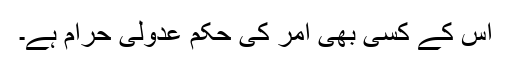
اس کے کسی بھی امر کی حکم عدولی حرام ہے۔